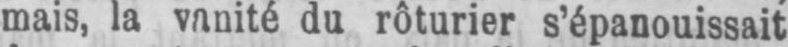
mais, la vanité du rôturier s’épanouissait